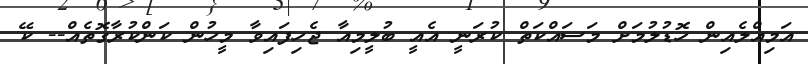
އަމިއްލެއިން ހޮޑުލުމަށް މަސައްކަތް ކުރަނީ އެއީ ބުލީމިއާ ޖެހިފައިވާ މީހުން ކަންކުރާގޮތެއް-- ކޭ